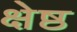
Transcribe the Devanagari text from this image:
क्षेष्ठ